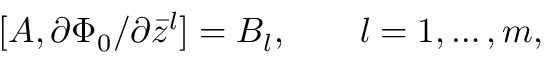
[ A , \partial \Phi _ { 0 } / \partial \bar { z } ^ { l } ] = B _ { l } , \qquad l = 1 , \dots , m ,